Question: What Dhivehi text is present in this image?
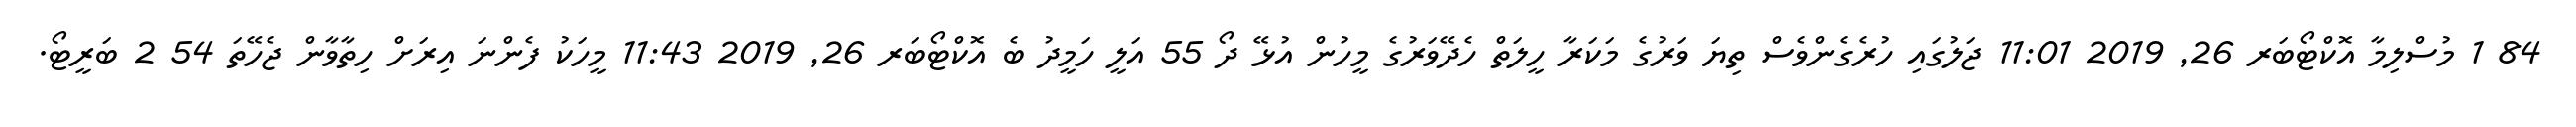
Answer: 84 1 މުސްލިމާ އޮކްޓޯބަރ 26, 2019 11:01 ޖަލުގައި ހުރެގެންވެސް ތިޔަ ވަރުގެ މަކަރާ ހީލަތް ހެދޭވަރުގެ މީހުން އުޅޭ ދޯ 55 އަލީ ހަމީދު ބެ އޮކްޓޯބަރ 26, 2019 11:43 މީހަކު ފެންނަ އިރަށް ހިތާވާން ޖެހޭތަ 54 2 ބަރީޓޯ.